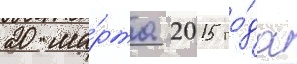
20 ма́рта 2015 го́да